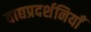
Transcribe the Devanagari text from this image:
वाद्यप्रदर्शनियाँ